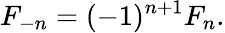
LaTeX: F_{-n}=(-1)^{n+1}F_{n}.